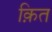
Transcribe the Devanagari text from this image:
क़ित